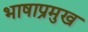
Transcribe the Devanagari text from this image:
भाषाप्रमुख